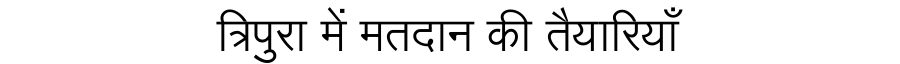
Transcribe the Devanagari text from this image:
त्रिपुरा में मतदान की तैयारियाँ